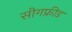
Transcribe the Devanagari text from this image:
सीगफ्रीड